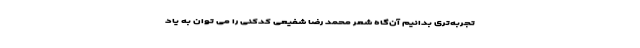
تجربه‌تری بدانیم آن‌گاه شعر محمد رضا شفیعی کدکنی را می توان به یاد